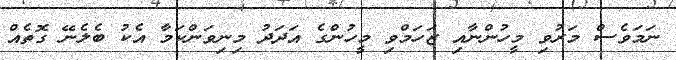
ނަމަވެސް މަރުވި މީހުންނާއި ޒަހަމްވި މީހުންގެ އަދަދު މިނިވަންކަމާ އެކު ބެލެނޭ ގޮތެއް